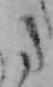
た